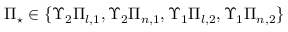
\Pi _ { \star } \in \{ \Upsilon _ { 2 } \Pi _ { l , 1 } , \Upsilon _ { 2 } \Pi _ { n , 1 } , \Upsilon _ { 1 } \Pi _ { l , 2 } , \Upsilon _ { 1 } \Pi _ { n , 2 } \}